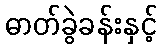
ဓာတ်ခွဲခန်းနှင့်